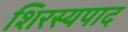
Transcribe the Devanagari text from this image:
शिरस्यपाद